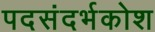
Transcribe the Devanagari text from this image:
पदसंदर्भकोश